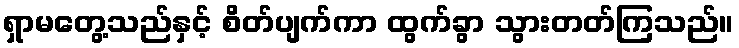
ရှာမတွေ့သည်နှင့် စိတ်ပျက်ကာ ထွက်ခွာ သွားတတ်ကြသည်။